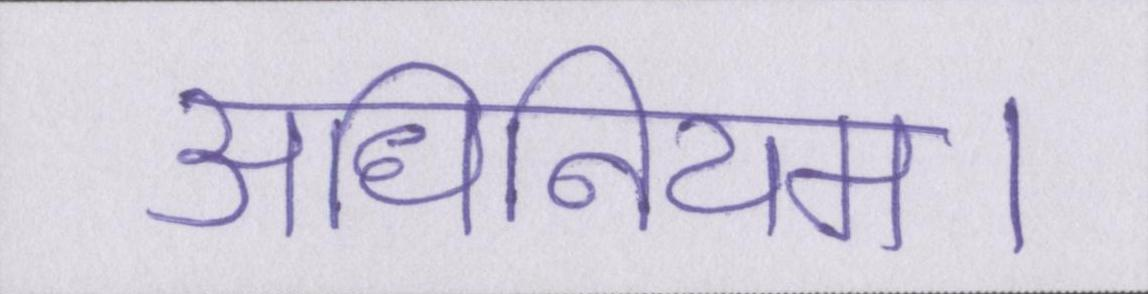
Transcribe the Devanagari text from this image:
अधिनियम।